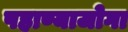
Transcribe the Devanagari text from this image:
पहाण्याजोगा